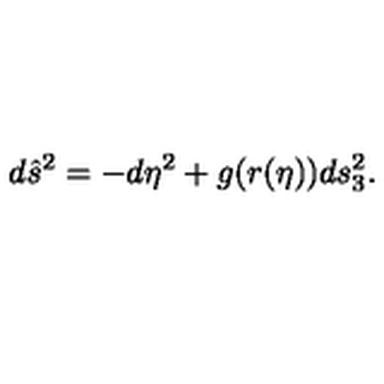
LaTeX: d \hat { s } ^ { 2 } = - d \eta ^ { 2 } + g ( r ( \eta ) ) d s _ { 3 } ^ { 2 } .